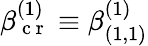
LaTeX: \beta_{\mathrm{~c~r~}}^{(1)}\equiv\beta_{(1,1)}^{(1)}